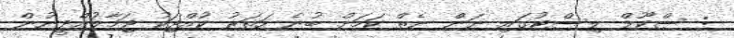
: ސްކޫލް ލިސްޓުގައި ނަން ނެތް ކަމަށް ބުނެ ހަތަރު ކުއްޖަކު ޖަމާލުއްދީނުން